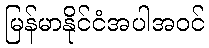
မြန်မာနိုင်ငံအပါအဝင်